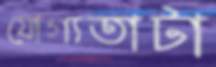
যোগ্যতাটা